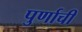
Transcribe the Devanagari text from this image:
पुर्णाची